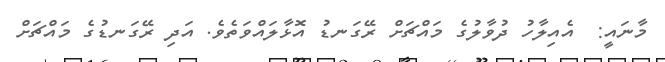
މާނައީ:  އެއިލާހު ދުވާލުގެ މައްޗަށް ރޭގަނޑު އޮޅާލައްވަތެވެ. އަދި ރޭގަނޑުގެ މައްޗަށް